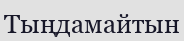
Тыңдамайтын